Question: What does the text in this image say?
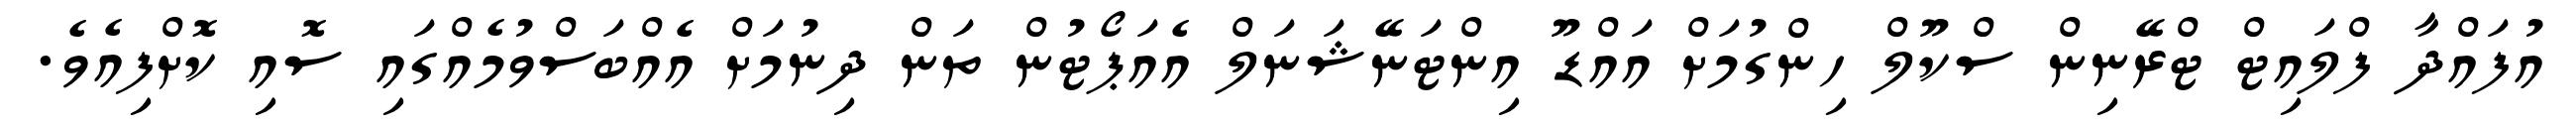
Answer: އުފައްދާ ފްލައިޓް ޓްރޭނިން ސްކޫލް ހިންގުމަށް އައްޑޫ އިންޓަނޭޝަނަލް އެއަޕޯޓުން ތަން ދިނުމަށް އެއްބަސްވުމެއްގައި ސޮއި ކޮށްފިއެވެ.